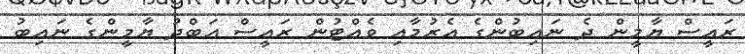
ރައީސް ޔާމީން ދެ ނައިބުންގެ އެރުމާއި ވެއްޓުން ރައީސް އަބްދު ޔާމީންގެ ނައިބު